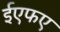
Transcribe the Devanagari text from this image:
ईएफए